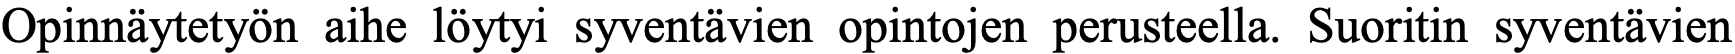
Opinnäytetyön aihe löytyi syventävien opintojen perusteella. Suoritin syventävien